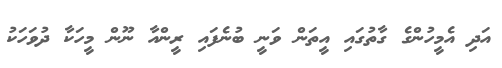
އަދި އެމީހުންގެ ގާތުގައި އީތަން ވަނީ ބުނެފައި ރީންއާ ނޫން މީހަކާ ދުވަހަކު